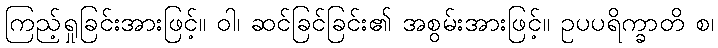
ကြည့်ရှုခြင်းအားဖြင့်။ ဝါ၊ ဆင်ခြင်ခြင်း၏ အစွမ်းအားဖြင့်။ ဥပပရိက္ခာတိ စ၊